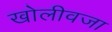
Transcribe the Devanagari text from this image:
खोलीवजा